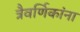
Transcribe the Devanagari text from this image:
त्रैवर्णिकांना